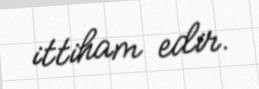
ittiham edir.